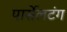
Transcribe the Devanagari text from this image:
पार्सेलटंग